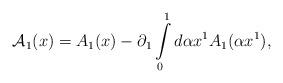
LaTeX: \begin{align*}{\cal A}_1 (x) = A_1 (x) - \partial _1 \int\limits_0^1 {d\alpha }x^1 A_1 (\alpha x^1 ) ,\end{align*}